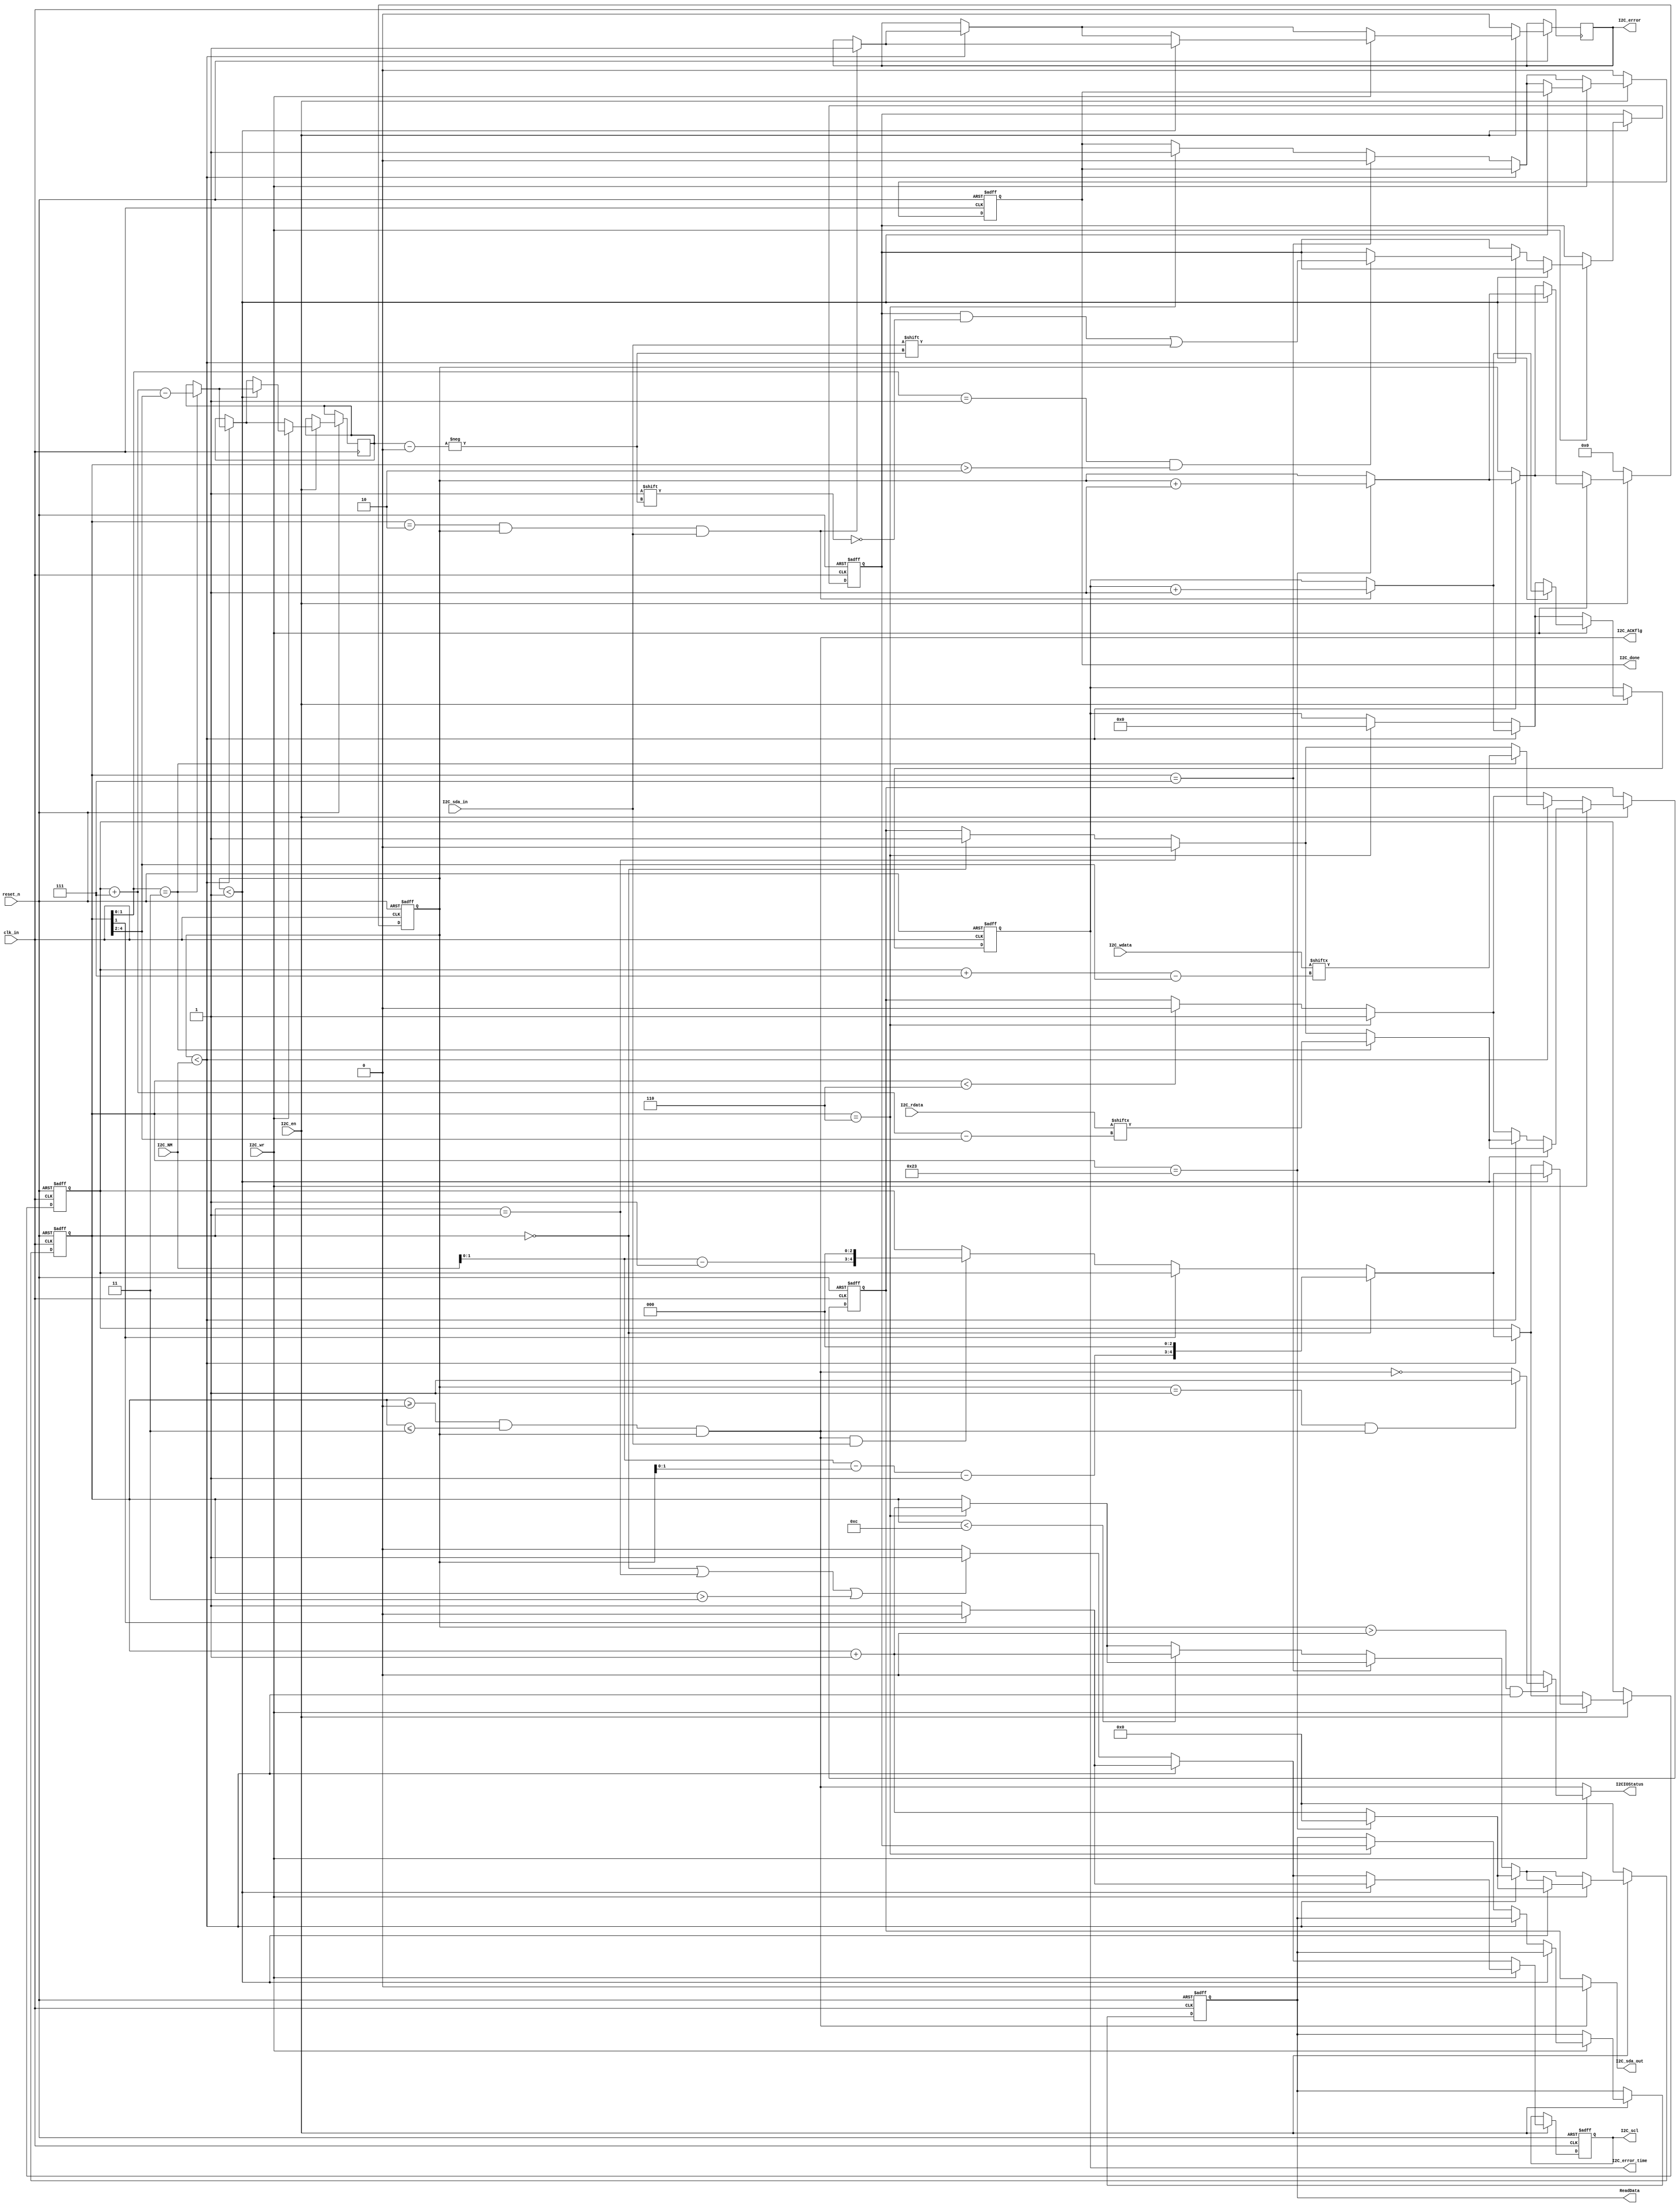
`timescale 1ps/1ps 
module I2C_Bus(
	input reset_n,
	input clk_in,
	output reg I2C_scl,
	output I2C_sda_out,
	input I2C_sda_in,
	input I2C_wr,
	input [31:0] I2C_wdata,
	input [31:0] I2C_rdata,
	input I2C_en,
	input [4:0] I2C_NM,
	output reg I2C_done,
	output reg I2C_error,
	output reg [7:0] I2C_error_time,
	output I2C_ACKflg,
	output reg [23:0] ReadData,
	output I2CIOStatus
);

//reg I2C_sda;
reg [5:0] cnt;
reg [4:0] NMnow;
reg [4:0] Data_Num;
reg [7:0] I2C_rdata_temp;

reg [5:0] temp;
reg I2C_sda_out_temp;
reg [23:0] ReadData_temp;

//assign I2C_ACKflg = ((cnt>=0)&&(cnt<=3)&&(NMnow))||(I2C_wr&&(NMnow==(I2C_NM-1))&&(cnt>=5)&&(cnt<=35));
assign I2C_ACKflg = ((cnt>=0)&&(cnt<=3)&&(NMnow));
assign I2C_sda_out = I2C_ACKflg ? 1'b0 : I2C_sda_out_temp;

assign I2CIOStatus = I2C_wr ? ((NMnow>0 && NMnow<I2C_NM) ? ((NMnow==1 && I2C_ACKflg) ? 1'b1 : !I2C_ACKflg):1'b0 ) :I2C_ACKflg;

always @(posedge clk_in or negedge reset_n)
if(!reset_n)
begin
	I2C_scl <= 1;
	I2C_sda_out_temp <= 1;
	cnt <= 0;
//	I2C_rdata <= 0;
	NMnow <= 0;
	Data_Num <= 0;
	I2C_done <= 0;
	//I2C_error <= 0;
	I2C_error_time <= 0;
	ReadData_temp <= 0;
	ReadData <= 0;
end
else
begin
	if(I2C_en==1)
	begin
		if(!I2C_wr)						//write mode
		begin
			if(NMnow < I2C_NM)
			begin
				begin
					if(cnt[1]==1)
						I2C_scl <= 0;
					else
					begin
						I2C_scl <= 1;
						if((cnt>=0)&&(cnt<=3)&&(NMnow)&&I2C_sda_in)
						begin
							//Data_Num <= 0;
							Data_Num <= (I2C_NM-1'b1)<<3;
						end
					end	
				end
				
				if((cnt==2)&&(NMnow)&&(I2C_sda_in))					
				begin
					I2C_error <= 1;
					I2C_error_time <= I2C_error_time+1'b1;
				end
				
				if(cnt==0)
				begin
					I2C_sda_out_temp <= 1;
					Data_Num <= (I2C_NM-NMnow-1'b1)<<3;
				end
				if(cnt==1)
				begin
					I2C_sda_out_temp <= 0;
				end	
				if(cnt[1:0]==3)	
				begin
					temp <= Data_Num+4'h7-cnt[4:2];
					I2C_sda_out_temp <= I2C_wdata[Data_Num+4'h7-cnt[4:2]];								
				end				
				if(cnt==35)
				begin
					cnt <= 0;
					NMnow <= NMnow+4'h1;
				end
				
				else
					cnt <= cnt+4'h1;				
			end
			else
			begin
				if(cnt==0 || cnt==1 || cnt>3)
					I2C_scl <= 1;
				else
					I2C_scl <= 0;
				if(cnt<6)
				begin
					I2C_sda_out_temp <= 0;
				end
				if(cnt==6)
				begin
					I2C_sda_out_temp <= 1;
					I2C_done <= 1;
					I2C_error_time <= 0;
					cnt <= cnt+4'h1;
				end
				if(cnt==7)
				begin
					I2C_done <= 0;
				end
				else if(cnt<12)
				begin
					cnt <= cnt+4'h1;
				end
			end
		end
		else								//read mode
		begin
			if(NMnow < 1)			//read order write
			begin
				begin
					if(cnt[1]==1)
						I2C_scl <= 0;
					else
					begin
						I2C_scl <= 1;
						if((cnt>=0)&&(cnt<=3)&&(NMnow)&&I2C_sda_in)	//ack time
						begin
							Data_Num <= (I2C_NM-4'h1)<<3;
						end
					end	
				end
				
				if((cnt==2)&&(NMnow)&&(I2C_sda_in))					
				begin
					I2C_error <= 1;
					I2C_error_time <= I2C_error_time+4'h1;
				end
				
				if(cnt==0)
				begin
					I2C_sda_out_temp <= 1;
					Data_Num <= (I2C_NM-NMnow-4'h1)<<3;
				end
				if(cnt==1)
				begin
					I2C_sda_out_temp <= 0;
				end	
				if(cnt[1:0]==3)	
				begin
					temp <= Data_Num+4'h7-cnt[4:2];
					I2C_sda_out_temp <= I2C_rdata[Data_Num+7-cnt[4:2]];								
				end
				if(cnt==35)
				begin
					cnt <= 0;
					NMnow <= NMnow+4'h1;
				end
				
				else
					cnt <= cnt+4'h1;				
			end
			else if(NMnow < I2C_NM)			//read input
			begin
				begin
					if(cnt[1]==1)
						I2C_scl <= 0;
					else
					begin
						I2C_scl <= 1;
						if((cnt>=0)&&(cnt<=3)&&(NMnow)&&I2C_sda_in)	//ack time: wrong ack back
						begin
							Data_Num <= (I2C_NM-4'h1)<<3;
						end
					end	
				end
				
				if((cnt==2)&&(NMnow)&&(I2C_sda_in))					
				begin
					I2C_error <= 1;
					I2C_error_time <= I2C_error_time+4'h1;
				end
				
				if(cnt==0)
				begin
					I2C_sda_out_temp <= 1;
					Data_Num <= (I2C_NM-NMnow-4'h1)<<3;
				end
				if(cnt==1)
				begin
					I2C_sda_out_temp <= 0;
				end	
				if(cnt[1:0]==3)	
				begin
					temp <= Data_Num+4'h7-cnt[4:2];
					I2C_sda_out_temp <= I2C_rdata[Data_Num+7-cnt[4:2]];								
				end
				if(cnt==35)
				begin
					cnt <= 0;
					NMnow <= NMnow+4'h1;
				end
				
				else
					cnt <= cnt+4'h1;	
				begin
					if(cnt[1:0]==1 && cnt>2)
						ReadData_temp[temp] <= I2C_sda_in;				
				end
				
			end	
			
			else		//stop signal
			begin
				if(cnt==0 || cnt==1 || cnt>3)
					I2C_scl <= 1;
				else
					I2C_scl <= 0;
				if(cnt<6)
				begin
					I2C_sda_out_temp <= 0;
				end
				if(cnt==6)
				begin
					I2C_sda_out_temp <= 1;
					I2C_done <= 1;
					ReadData <= ReadData_temp;
					I2C_error_time <= 0;
					cnt <= cnt+4'h1;
				end
				if(cnt==7)
				begin
					I2C_done <= 0;
				end
				else if(cnt<12)
				begin
					cnt <= cnt+4'h1;
				end
			end
		end
	end	
			
	else
	begin
		cnt <= 0;
		NMnow <= 0;
		I2C_error <= 0;
		I2C_done <= 0;
	end
end





endmodule